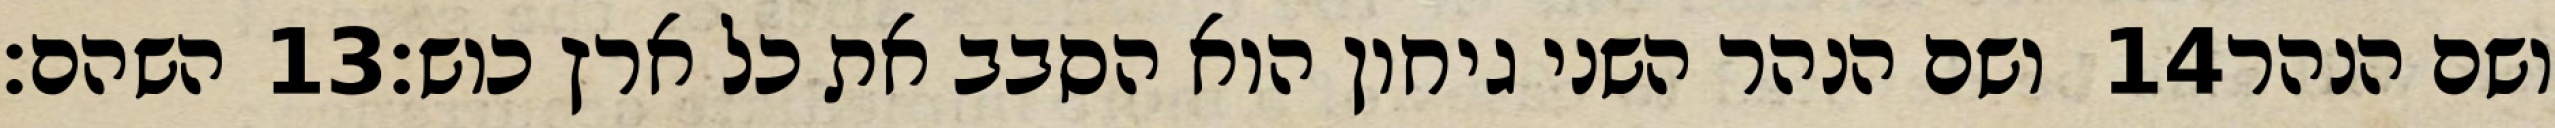
השהם׃ ‎13‏ ושם הנהר השני גיחון הוא הסבב את כל ארץ כוש׃ ‎14‏ ושם הנהר